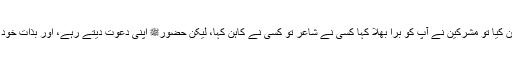
۴- پھر جب ایک مرتبہ حضورﷺ نے کعبہ میں کھڑے ہو کر اس دعوت کا اعلان کیا تو مشرکین نے آپ کو برا بھلا کہا کسی نے شاعر تو کسی نے کاہن کہا، لیکن حضورﷺ اپنی دعوت دیتے رہے، اور بذات خود کوئی جواب نہ دیا، بلکہ اللہ تعالی نے معجزانہ انداز میں ان باتوں کی تردید کی۔